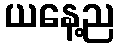
ယနေ့ည